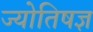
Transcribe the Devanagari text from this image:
ज्योतिषज्ञ